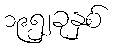
၁၉၅၂ခုနှစ်